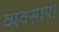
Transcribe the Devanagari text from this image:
व्यवसाय।